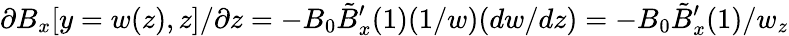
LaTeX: \partial B_{x}[y=w(z),z]/\partial z=-B_{0}\tilde{B}_{x}^{\prime}(1)(1/w)(dw/dz)=-B_{0}\tilde{B}_{x}^{\prime}(1)/w_{z}